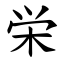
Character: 栄